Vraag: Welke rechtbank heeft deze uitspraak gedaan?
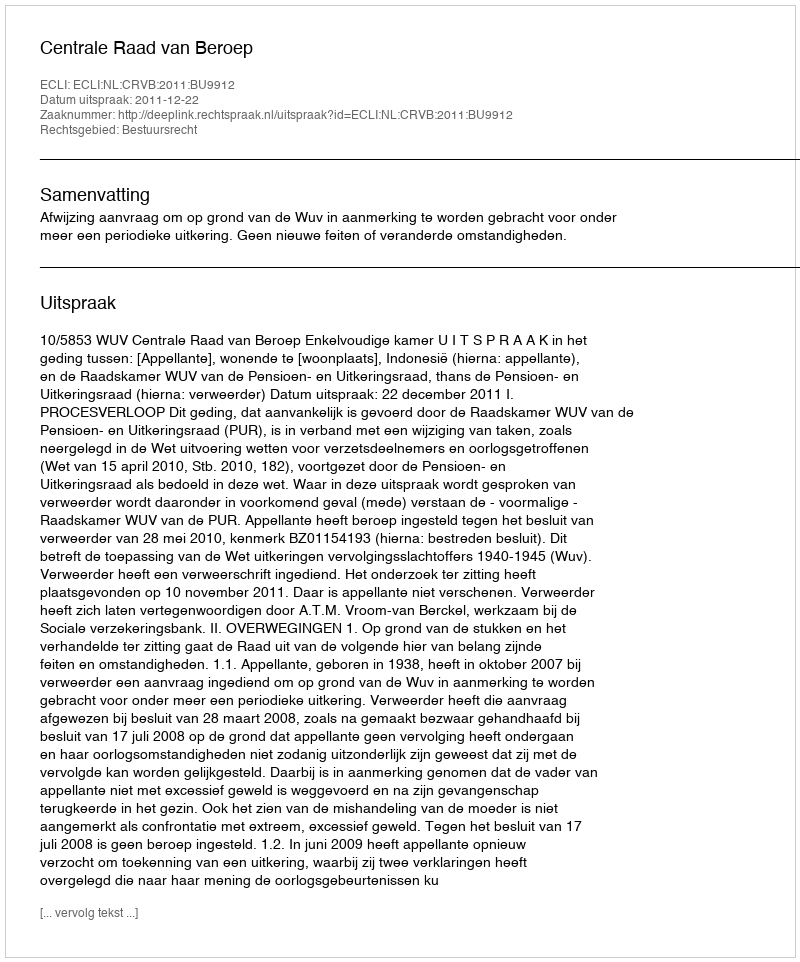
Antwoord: Centrale Raad van Beroep